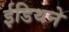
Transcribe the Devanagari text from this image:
ईडिथने